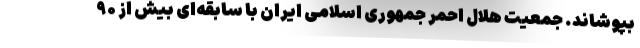
بپوشاند. جمعیت هلال احمر جمهوری اسلامی ایران با سابقه‌ای بیش از ۹۰